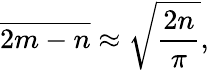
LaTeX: {\overline{{2m-n}}}\approx{\sqrt{\frac{2n}{\pi}}},